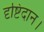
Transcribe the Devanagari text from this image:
दृष्टिदान।